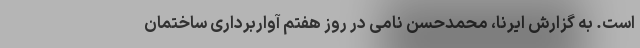
است. به گزارش ایرنا، محمدحسن نامی در روز هفتم آواربرداری ساختمان